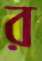
র